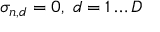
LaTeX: \sigma _ { n , d } = 0 , \; d = 1 \ldots D